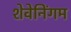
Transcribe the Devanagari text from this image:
शेवेनिंगम